Note on the mental hospitals in Burma - 1925-1940
Year: 1925
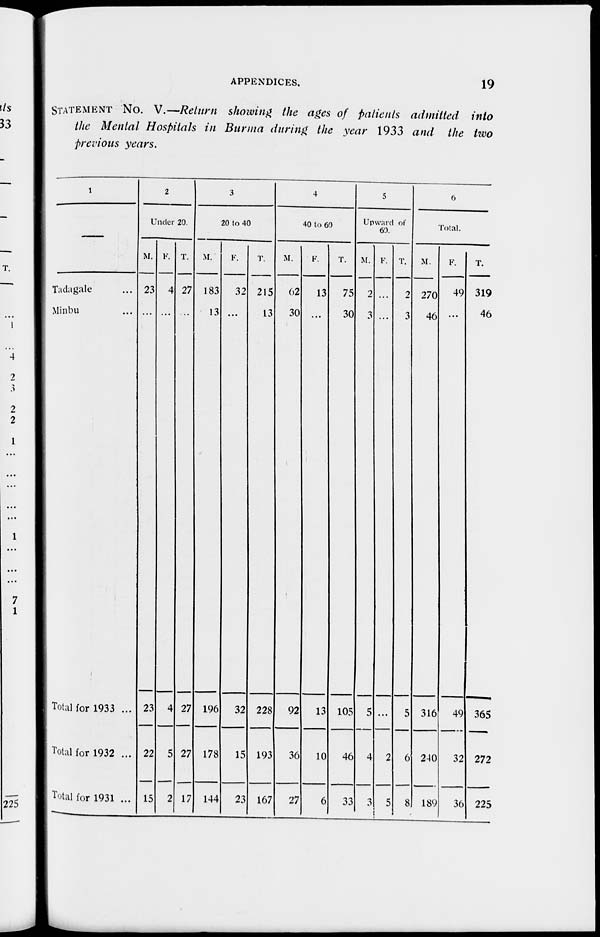
APPENDICES.
19
STATEMENT No. V.—Return showing the ages of patients admitted into
the Mental Hospitals in Burma during the year 1933 and the two
previous years.
1
Tadagale ...
Minbu ...
Total for 1933 ...
Total for 1932 ...
Total for 1931 ...
2
Under 20.
M.
23
...
23
22
15
F.
4
...
4
5
2
T.
27
...
27
27
17
3
20 to 40
M.
183
13
196
178
144
F.
32
...
32
15
23
T.
215
13
228
193
167
4
40 to 60
M.
62
30
92
36
27
F.
13
...
13
10
6
T.
75
30
105
46
33
5
Upward of
60.
M.
2
3
5
4
3
F.
...
...
...
2
5
T.
2
3
5
6
8
6
Total.
M.
270
46
316
240
189
F.
49
...
49
32
36
T.
319
46
365
272
225